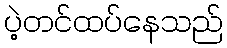
ပဲ့တင်ထပ်နေသည်